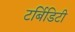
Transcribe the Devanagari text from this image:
टर्बिडिटी